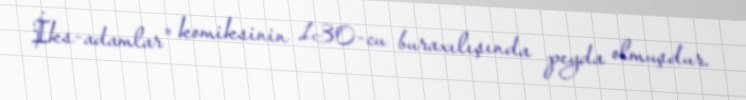
İks-adamlar" komiksinin 130-cu buraxılışında peyda olmuşdur.